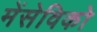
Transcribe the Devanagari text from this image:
मेंसेविको